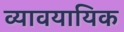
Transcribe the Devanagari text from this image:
व्यावयायिक